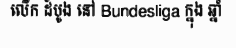
លើក ដំបូង នៅ Bundesliga ក្នុង ឆ្នាំ